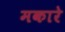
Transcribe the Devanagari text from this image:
मकारे